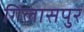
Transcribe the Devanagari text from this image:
गिलासपुर